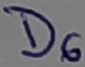
Text: D6